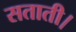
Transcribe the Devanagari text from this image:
सताती।